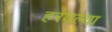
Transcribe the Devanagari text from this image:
हरवल्या